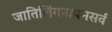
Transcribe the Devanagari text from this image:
जातिलिंगनांचनसर्वं